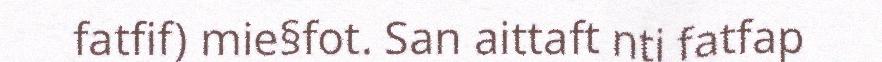
fatfif) mie§fot. San aittaft nti fatfap